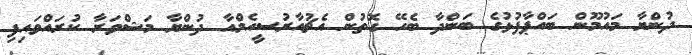
ދުންޔާ މައުމޫން ބައްޕާފުޅުގެ ބަންދާ ބެހޭ ގޮތުން އެޗުއާރުސީއެމްއާ ދުންޔާ މަޝްވަރާ ކުރައްވައިފި